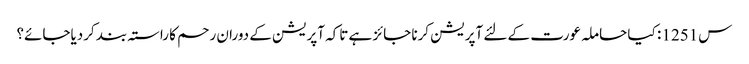
س1251 : کیا حاملہ عورت کے لئے آپریشن کرنا جائز ہے تاکہ آپریشن کے دوران رحم کا راستہ بند کردیاجائے؟